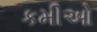
કમીઓ